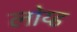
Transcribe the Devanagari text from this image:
लोय्ड